Report on the Civil Veterinary Department, Eastern Bengal and Assam - 1907-1911
Year: 1907
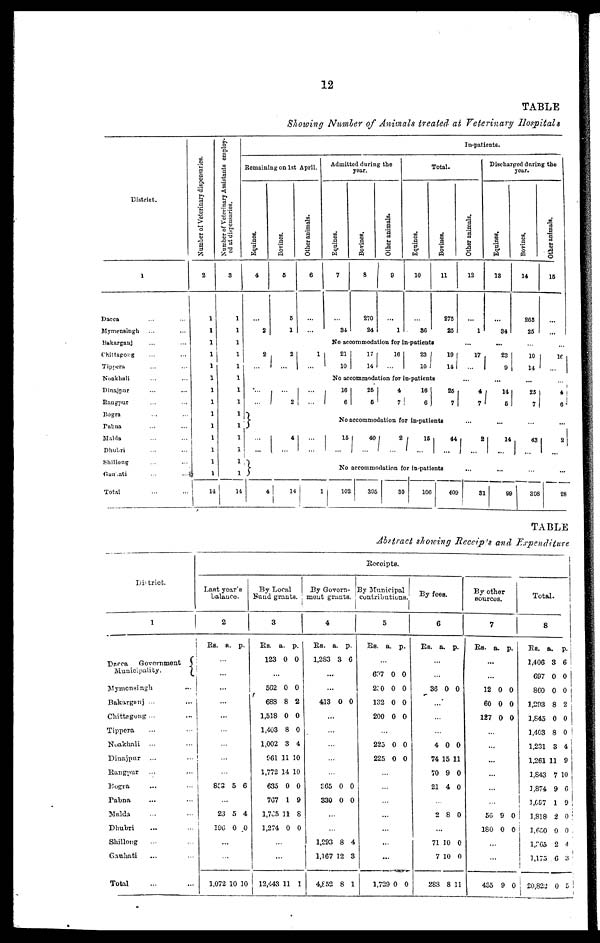
12
TABLE
Showing Number of Animals treated at Veterinary Hospitals
District.
1
Dacca … …
Mymeusingh
..
...
Bakargauj
...
...
Chittagong ...
Tippera
...
...
Noakhali ... ...
Dinajpur
... ...
Rangpur ... ...
Bogra ... ...
Patna ... ...
Maldu ...
Dhuri ... ...
Shillong ... ...
Gauhati ... ...
Total ... ...
Number of Veterinary dispensaries.
2
1
1
1
1
1
1
1
1
1
1
1
1
1
1
14
Number of Veterinary Assistants employ-
ed at dispensaries.
3
1
1
1
1
1
1
1
1
1
1
1
1
1
1
14
In-patient6.
Remaining on 1st April.
Equines.
4
…
2
2
…
…
…
…
…
4
Dovines.
6
…
1
2
...
...
2
4
…
Other animals.
6
… ...
1
...
...
...
…
...
14
Admitted during the
year.
Equines.
7
…
34
Bovines.
8
270
24
Other animals.
9
…
1
Total.
Equines.
10
…
80
Bovines.
11
275
25
No accommodation for in-patient
21
10
17 I
14
10
...
23
10
10|
14
No accommodation for in-patients
16
6
26
6
4
7
16
6
26
7
No accommodation for in-patients
15
...
40
...
2 ...
15
…
44
…
No accommodation for in-patients
102
305
30
106
409
Other animals.
12
…
1
17
...
4
7
2
...
31
Discharged during the
year.
Equines.
13
…
34
...
23
9
14
5
14
...
99
Bovines.
14
205
25
10
14
25
7
43
...
80S
Other animals.
15
…
...
10
. . .
4
6
2
...
28
TABLE
Abstract showing Receipts and Expenditure
District.
1
Daeea
Government
Municipality.
Mymensingh ...
Bakarganj ...
Chittagung ...
Tippera ... ...
Noakhali ... ...
Dinajpur ... ...
Rangpur ... ...
Dogra ... ...
Patna ... ...
Malda ... ...
Dhubri ... ...
Shillong ... ...
Gauhati ... ...
Total … …
Receipts.
Last
year's
Balance.
2
Rs. a. p.
…
…
...
...
…
…
...
...
...
853 5 6
…
23 5 4
196 0 0
…
…
1,072 10 10
By Local
Fund grants.
3
Rs. a. p.
123 0 0
…
562 0 0
688 8 2
1,518 0 0
1,403 8 0
1,002 3 4
061 11 10
1,772 14 10
635 0 0
767 1 9
1,765 11 8
1,274 0 0
…
…
12,443 11 1
By Govern-
ment grants.
4
Rs. a. p.
1,283 3 6
…
…
413 0 0
...
…
…
…
…
865 0 0
330 0 0
…
…
1,293 8 4
1,167 12 3
4,652 8 1
By Municipal
contributions.
5
Rs. a. p.
…
607 0 0
2.0 0 0
132 0 0
200 0 0
…
225 0 0
225 0 0
…
…
…
…
…
…
...
1,729 0 0
By foes.
6
Rs. a. p.
…
…
36 0 0
…
…
…
4 0 0
74 15 11
70 9 0
21 4 0
…
2 8 0
…
71 10 0
7 10 0
283 8 11
By other
SOURCES.
7
Rs. a. p.
...
…
12 0 0
60 0 0
127 0 0
…
…
…
…
…
…
50 9 0
180 0 0
…
…
405 9 0
Total.
8
Rs. a. p.
1,406 3 6
697 0 0
860 0 0
1,293 8 2
1,845 0 0
1,463 8 0
1,201 3 4
1,261 11 9
1,843 7 10
1,874 9 6
1,697
1 9
1,818 2 0
4,650 0 0
1,865
2 4
1,175
6
3
20,822 0 5